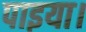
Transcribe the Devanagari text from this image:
पाइया।